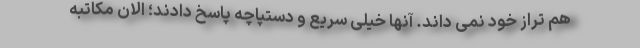
هم تراز خود نمی داند. آنها خیلی سریع و دستپاچه پاسخ دادند؛ الان مکاتبه